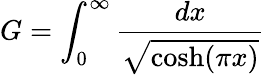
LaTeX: G=\int_{0}^{\infty}{\frac{dx}{\sqrt{\cosh(\pi x)}}}